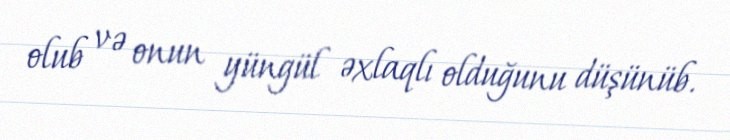
olub və onun yüngül əxlaqlı olduğunu düşünüb.